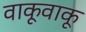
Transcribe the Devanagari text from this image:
वाकूवाकू